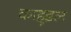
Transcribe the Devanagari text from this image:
काहुइल